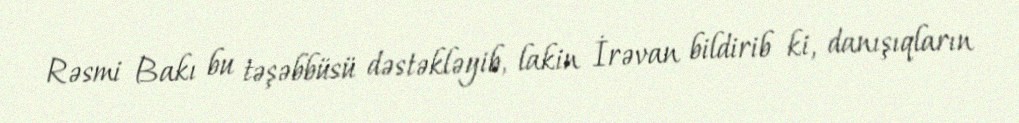
Rəsmi Bakı bu təşəbbüsü dəstəkləyib, lakin İrəvan bildirib ki, danışıqların